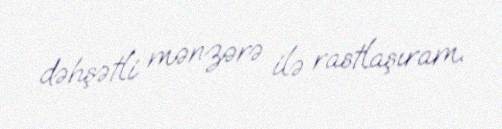
dəhşətli mənzərə ilə rastlaşıram.